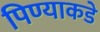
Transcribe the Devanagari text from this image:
पिण्याकडे